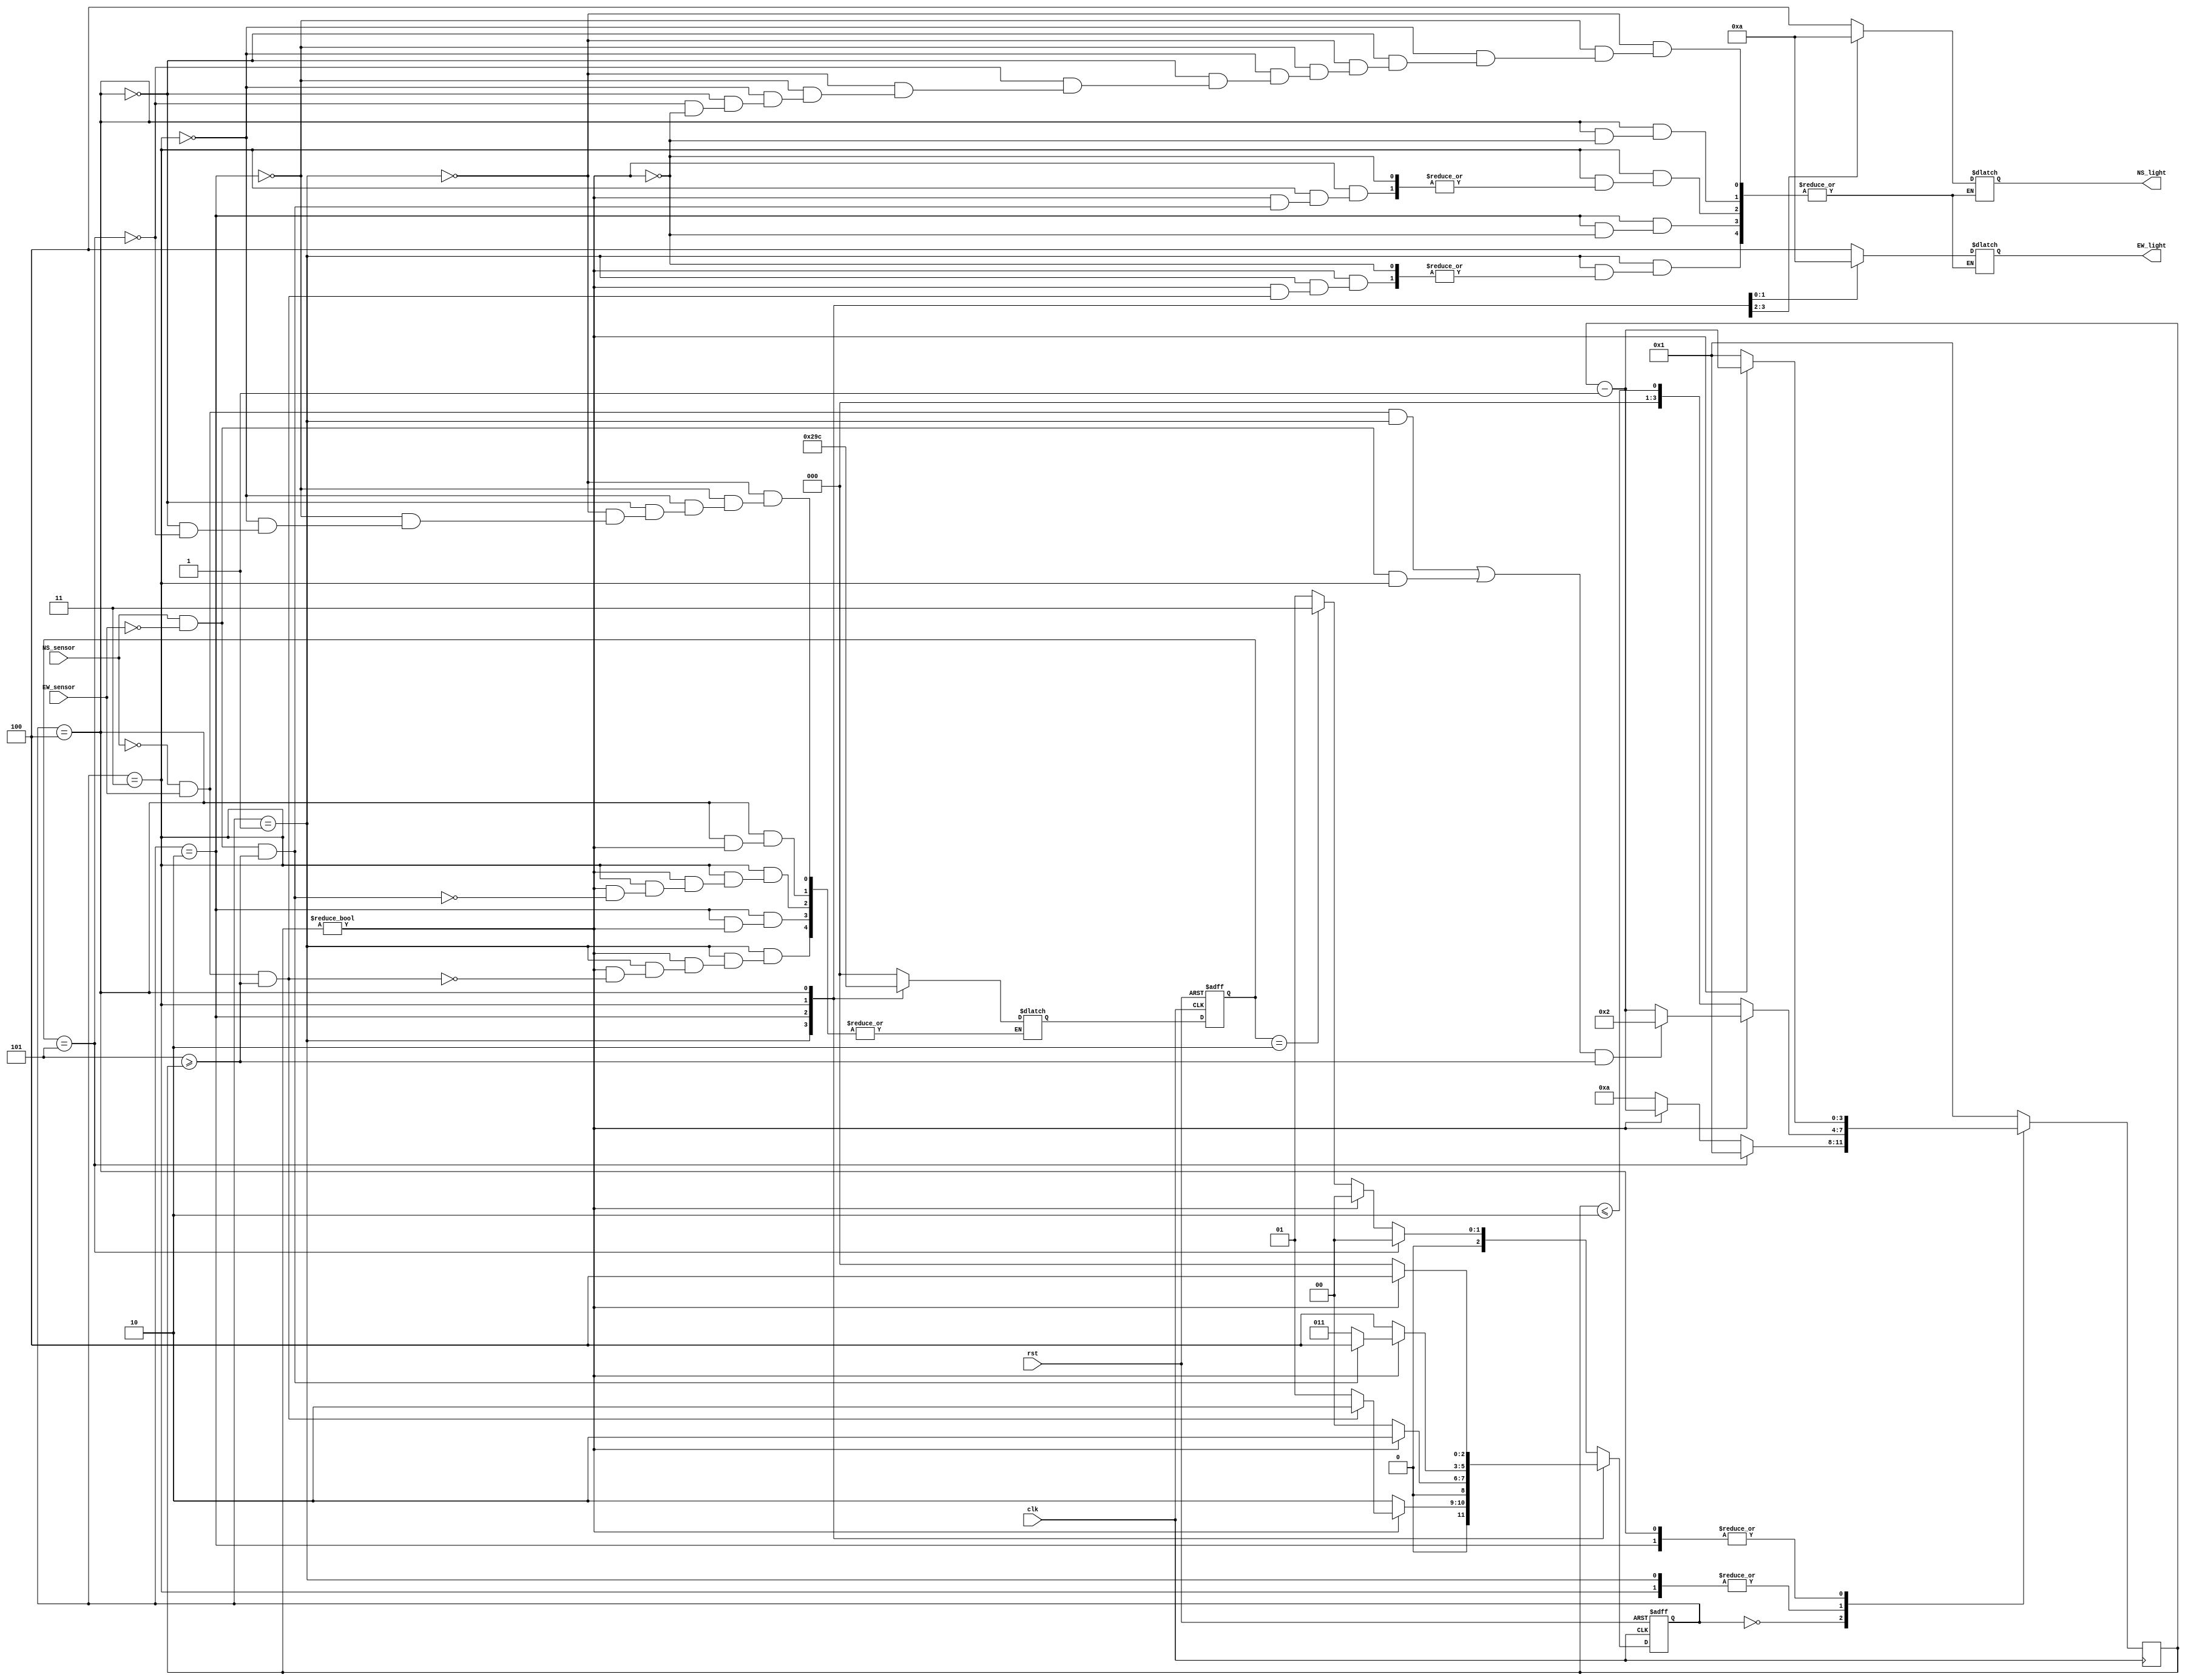
`timescale 1ns / 1ps
//////////////////////////////////////////////////////////////////////////////////
// Company: 
// Engineer: 
// 
// Design Name: 
// Module Name: TrafficLightController
// Project Name: 
// Target Devices: 
// Tool Versions: 
// Description: 
// 
// Dependencies: 
// 
// Revision:
// Revision 0.01 - File Created
// Additional Comments:
// 
//////////////////////////////////////////////////////////////////////////////////


module TrafficLightController(
    input clk, //clock dependencies
    input rst, //active low
    input NS_sensor, //represents traffic at the North-South sensor
    input EW_sensor, //represents traffic at the East-West sensor
    output reg [2:0] NS_light, //North-South light 
    output reg [2:0] EW_light  //East-West light
    );
    
    //define states
    parameter
        NSR_EWR    =  3'b000, //North-South Red & East-West Red
        NSG_EWR    =  3'b001, //North-South Green & East-West Red
        NSY_EWR    =  3'b010, //North-South Yellow & East-West Red
        NSR_EWG    =  3'b011, //North-South Red & East-West Green
        NSR_EWY    =  3'b100, //North-South Red & East-West Yellow
        HOLD_RESET =  3'b101; //case to hold reset for one clock cycle 
    
    //define seconds parameter
    parameter 
        tenSec   =  4'b1010,
        fiveSec  =  4'b0101,
        twoSec   =  4'b0010,
        oneSec   =  4'b0001,
        zeroSec  =  4'b0000; 
    
    //define light colors use One-Hot Encoding
    parameter 
        red      =  3'b100,
        yellow   =  3'b010,
        green    =  3'b001; 
        
    //define state registers 
    reg [2:0] state, cur_state, prev_state, next_state;     
    
    // define clk_count for down counter
    reg [3:0] clk_count; 
    
    //next state transitions 
    always @(posedge clk, negedge rst)begin
        if(!rst) begin //active-low reset 
            state <= 3'b000;
            prev_state <= HOLD_RESET; //case of reset to hold for one clock cycle
        end else begin 
            state <= next_state; 
            prev_state <= cur_state; 
        end 
    end
        
    //Create Moore State Machine
    always @(*) begin 
        case(state) 
            NSG_EWR:           
                if(clk_count != zeroSec ) begin  //count down timer not reached 0
                    if ( !NS_sensor && EW_sensor && fiveSec >= clk_count ) begin //check car
                        cur_state = NSG_EWR;
                        next_state = NSY_EWR;
                    end else begin 
                        next_state = NSG_EWR;
                        NS_light = green;
                        EW_light = red;
                    end 
                end else begin 
                    cur_state = NSG_EWR;
                    next_state = NSY_EWR;
                end
              
            NSY_EWR:  //North-South Yellow & East-West Red
                if( clk_count != zeroSec ) begin 
                    next_state = NSY_EWR;
                    NS_light = yellow;
                    EW_light = red;
                end else begin   
                    cur_state = NSY_EWR;
                    next_state = NSR_EWR;
                end                            
            
            NSR_EWG:  //North-South Red & East-West Green
                if(clk_count != zeroSec) begin 
                    if (NS_sensor && !EW_sensor && fiveSec >= clk_count ) begin
                        cur_state = NSR_EWG;
                        next_state = NSR_EWY;
                    end else begin 
                        next_state = NSR_EWG;
                        NS_light = red;
                        EW_light = green;
                    end
                end else begin 
                    cur_state = NSR_EWG; 
                    next_state = NSR_EWY; 
                end              
            
            NSR_EWY:  //North-South Red & East-West Yellow
                if(clk_count != zeroSec) begin 
                    next_state = NSR_EWY;
                    NS_light = red;
                    EW_light = yellow;
                end else begin
                    cur_state = NSR_EWY; 
                    next_state = NSR_EWR;
                end          
            
            default: //NSR_EWR
                if (prev_state == HOLD_RESET) begin //holds reset for one clock cycle for safe reset
                    next_state = NSR_EWR;
                    cur_state = NSR_EWR;
                    NS_light = red;
                    EW_light = red;
                end else if (clk_count != zeroSec)begin 
                    next_state = NSR_EWR;
                    NS_light = red;
                    EW_light = red;
                end else 
                    next_state = (prev_state == NSY_EWR) ? NSR_EWG : NSG_EWR;
                          
        endcase //end case
    end //end always block
    
    
    // state actions  
    always @(posedge clk) begin         
        case (state)
            NSR_EWR: 
                clk_count <= (prev_state ==  HOLD_RESET) ? oneSec : (clk_count != zeroSec) ? (clk_count - 1'b1) : tenSec;   
                         
            NSG_EWR, NSR_EWG:  
                clk_count <= (clk_count != zeroSec) 
                    ?    
                        (( (!NS_sensor && EW_sensor && ( state == NSG_EWR) ) || 
                           (NS_sensor && !EW_sensor && ( state == NSR_EWG))) && 
                            fiveSec >= clk_count ) 
                    ? 
                        twoSec : (clk_count - 1'b1) //using downcounter for simplified logic
                    : clk_count <= twoSec;                         
            
            NSY_EWR, NSR_EWY:  //North-South Yellow & East-West Red
                clk_count <= (clk_count != zeroSec) ?  (clk_count - 1'b1) : oneSec; //downcounter for simplified logic
                      
             default: clk_count <= oneSec; //case of reset
             
          endcase  
     end
     
endmodule